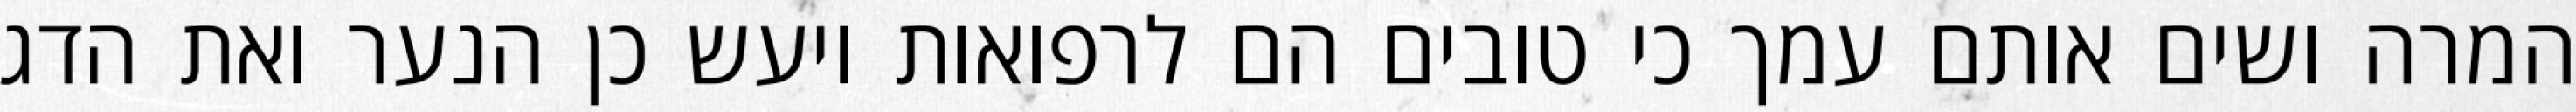
המרה ושים אותם עמך כי טובים הם לרפואות ויעש כן הנער ואת הדג